Calcutta medical institutions reports 1879-81 [i.e.91]
Year: 1879
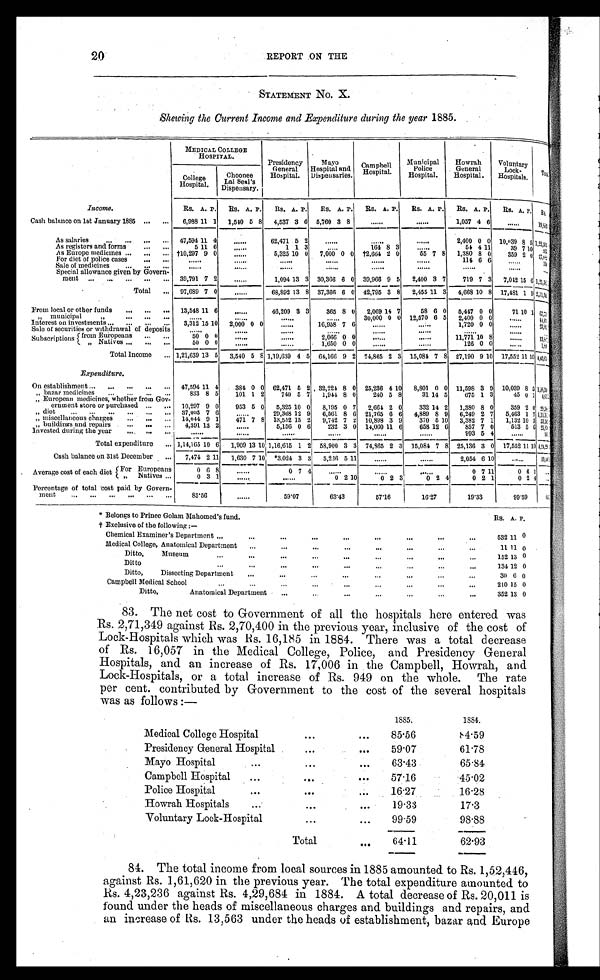
20
REPORT ON THE
STATEMENT No. X.
Shewing the Current Income and Expenditure during the year 1885.
MEDICAL COLLEGE
HOSPITAL.
Presidency
General
Hospital.
Mayo
Hospital and
Dispensaries. Campbel l Hos pi t al .
Municipal
Police
Hospital.
Howrah
General
Hospital.
Voluntary
Lock-
Hospitals.
T o t a l .
College
Hospital.
C h o o n e e L a l S e a l ' s
Dispensary.
Income.
Rs. A. P. Rs. A. P. Rs. A. P . Rs. A. P. Rs. A. P. Rs. A. P. Rs. A. P. Rs. A. P.
R s .
Cash balance on 1st January 1885 ... ... 6,988 11 1 1,540 5 8 4,537 3 6 5,760 3 8 ......
......
1,057 4 6
......
1 9 , 8 8 3
As salaries
... . . . .
. . .
. . . 47,594 11 4
......
62,471 5 2
......
......
......
2,400 0 0 10,039 8 5 1 , 2 2 , 5 0 5
As registers and forms
... ...
5 11 6 ......
1 1 3
. . . . . .
164 8 3
......
54 4 11
39 7 10
2 6 5
As Europe medicines ... ... ... †10,297 9 0
......
5,325 10 0 7,000 0 0 †2,664 2 0
5 5 7 8 1,380 8 0
359 2 0 2 7 , 0 8 2
For diet of police cases
... ... ......
......
......
......
......
......
114 6 6
......
1 1 4
Sale of medicines
... . . .
. . . ......
......
......
......
......
......
......
......
. . . . . .
Special allowance given by Govern-
ment ... ... ... ... ... 39,791 7 2
......
1,094 13 3 30,366 6 0 39,966 9 5 2,400 3 7
719 7 3 7,042 15 6 1, 21, 381
Total ... 97,689 7 0
......
68,892 13 8 37,366 6 0 42,795 3 8 2,455 11 3 4,668 10 8 17,481 1 9 2, 71, 342
From local or other funds ... ... ... 13,548 11 6
......
46,209 3 3
365 8 0 2,069 14 7
58 6 0 5,447 0 0
71 10 1 6 7 , 7 7 7
„
municipal „ . . .
. . .
. . .
......
......
......
......
30,000 0 0 12,570 6 5 2,400 0 0
......
44, 972
Interest on investments
...
. . .
...
3,312 15 10 2,000 0 0
......
16,958 7 6 ......
......
1,720 0 0
......
23, 991
Sale of securities or withdrawal of deposits ......
......
......
......
......
......
......
......
. . . . . .
Subscriptions from Europeans ... ...
50 0 0 ......
......
2,066 0 0 ......
......
11,771 10 8
......
1 3 , 8 4 1
„ Natives ... ...
. . .
50 0 0
......
......
1,650 0 0 ......
......
126 0 0
......
1 , 8 3 8
Total Income ... 1,21,639 13 5 3,540 5 8 1,19,639 4 5 64,166 9 2 74,865 2 3 15,084 7 8 27,190 9 10 17,552 11 10 4 , 4 3 , 6 7 2
Expenditure.
On establishment ... ... ... ...
47,594 11 4
384 0 0 62,471 5 2 32,224 8 0 25,236 4 10 8,801 0 0 11,598 3 9 10,039 8 5 1 , 9 8 , 3 4 3
„ bazar medicines
... ...
. . .
833 8 5
101 1 2
740 5 7 1,944 8 0
240 5 8
31 14 5
675 1 3
45 0 1 4 , 6 1 1
„ European medicines, whether from Gov-
ernment store or purchased ... ... 10,297 9 0
953 5 0 5,325 10 0 8,195 0 7 2,664 2 0
332 14 2 1,380 8 0
359 2
0 2 9 , 5 6 8
„ diet
... .. ... ...
37,003 7 6
. . . . . .
29,368 12 9 6,561 8 6 21,765 6 6 4,889 8 9 6,249 2 7 5,463 1 7 1 , 1 1 , 3 4 1
„ miscellaneous charges
... ... ... 14,044 9 1
471 7 8 13,552 15 2 9,742 7 2 10,898 3 9
370 5 10 3,382 7 1 1,132 10 3 53, 536
„ buildings and repairs
... ... ... 4,391 13 2
......
5,156 0 6
232 3 0 14,060 11 6
658 12 6
857 7 0
513 5 6 25, 824
Invested during the year
.... ...
......
......
......
......
......
......
993 5 4
......
9 9 3
Total expenditure ... 1,14,165 10 6 1,909 13 10 1,16,615 1 2 58,900 3 3 74,865 2 3 15,084 7 8 25,136 3 0 17,552 11 10 4 , 2 4 , 2 9 4
Cash balance on 31st December ... 7,474 2 11 1,630 7 10 *3,024 3 3 5,236 5 11 ......
......
2,054 6 10
......
1 9 , 4 4 9
Average cost of each diet For Europeans
0 6 8
......
0 7 4
......
......
......
0 7 11
0 6 1
......
„ Natives
0 3 1......
......
0
2 10
0 2 3
0 2 4
0 2 1
0 2 4 . . . . . .
Percentage of total cost paid by Govern-
ment
... ... ... ... ... ...
85.56
......
59.07
63. 43
57.16
16. 27
19.33
99.59
64.1
* Belongs to Prince Golam Mahomed's fund.
Rs. A. P.
† Exclusive of the following:—
Chemical Examiner's Department ...
...
...
...
...
. . .
. . .
. . .
. . .
532 11 0
Medical College, Anatomical Department ...
...
...
...
...
..
.
11 11 0
Ditto,
Museum
...
...
...
...
...
...
...
. . .
152 13 0
Ditto
...
...
...
...
...
...
...
...
...
134 12 0
Ditto,
Dissecting Department
...
30 6 0
Campbell Medical School
...
...
...
. . .
210 15 0
Ditto,
Anatomical Department
. . .
. . .
. . .
. . .
. . .
352 13 0
83. The net cost to Government of all the hospitals here entered was
Rs. 2,71,349 against Rs. 2,70,400 in the previous year, inclusive of the cost of
Lock-Hospitals which was Rs. 16,185 in 1884. There was a total decrease
of Rs. 16,057 in the Medical College, Police, and Presidency General
Hospitals, and an increase of Rs. 17,006 in the Campbell, Howrah, and
Lock-Hospitals, or a total increase of Rs. 949 on the whole. The rate
per cent. contributed by Government to the cost of the several hospitals
was as follows:—
1885.
1884.
Medical College Hospital
...
...
85.56
8 4 . 5 9
Presidency General Hospital
...
...
59.07
61.78
Mayo Hospital
...
...
...
63.43
65.84
Campbell Hospital
...
...
. . .
57.16
45.02
Police Hospital
...
...
. . .
16.27
16.28
Howrah Hospitals
...
...
...
19.33
17.3
Voluntary Lock-Hospital
...
...
99.59
98.88
Total
...
64.11
62.93
84. The total income from local sources in 1885 amounted to Rs. 1,52,446,
against Rs. 1,61,620 in the previous year. The total expenditure amounted to
Rs. 4,23,236 against Rs. 4,29,684 in 1884. A total decrease of Rs. 20,011 is
found under the heads of miscellaneous charges and buildings and repairs, and
an increase of Rs. 13,563 under the heads of establishment, bazar and Europe